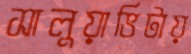
সালুয়াভিটায়